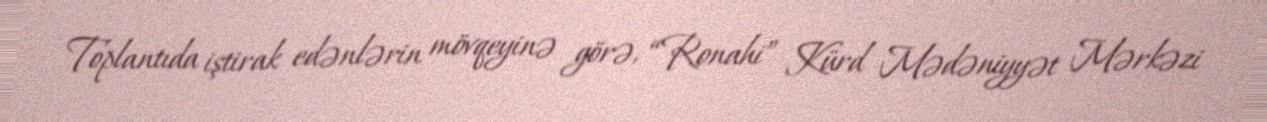
Toplantıda iştirak edənlərin mövqeyinə görə, “Ronahi” Kürd Mədəniyyət Mərkəzi